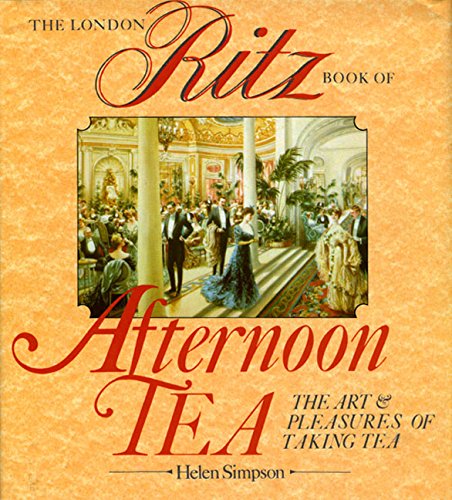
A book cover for The London Ritz Book of Afternoon Tea; Helen Simpson; Cookbooks, Food & Wine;